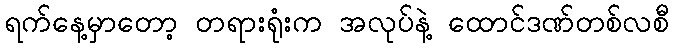
ရက်နေ့မှာတော့ တရားရုံးက အလုပ်နဲ့ ထောင်ဒဏ်တစ်လစီ